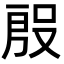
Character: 𭮱